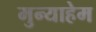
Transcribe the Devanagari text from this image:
मुन्याहेम